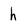
Character: h